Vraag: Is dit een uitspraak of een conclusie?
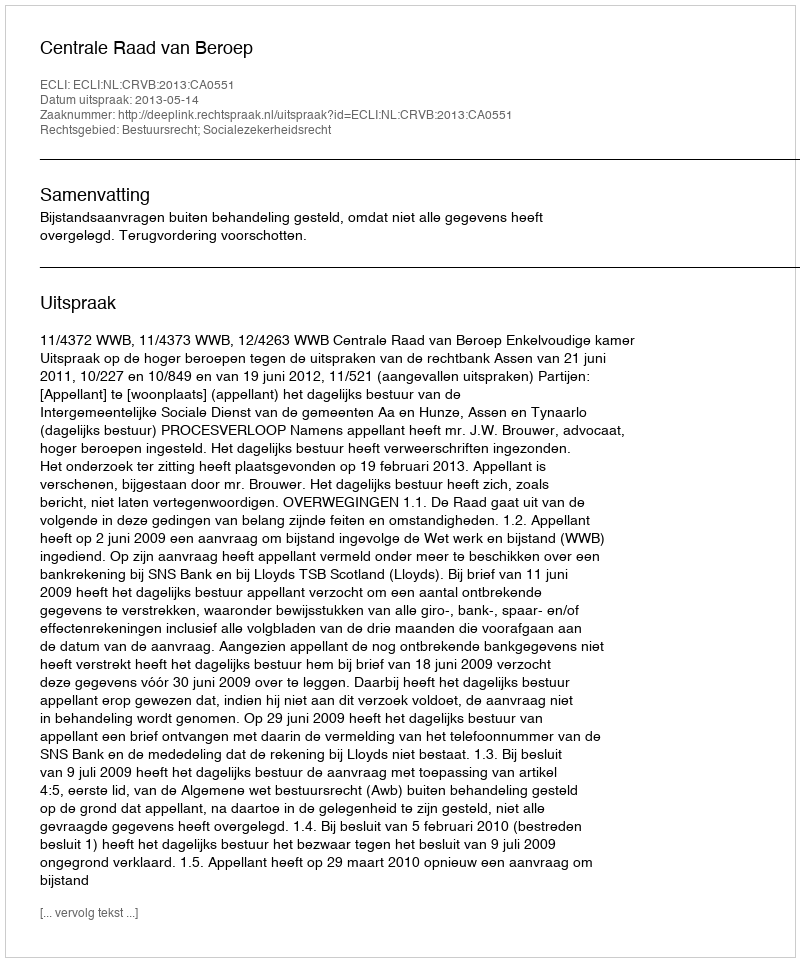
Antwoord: Uitspraak